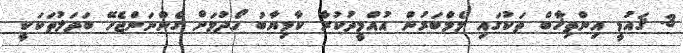
3. ޤައުމީ އިންތިޚާބް ތަކުގައި މެމްބަރުން އުއްމީދުކުރާ ކާމިޔާބު ހޯދުމަށް ގެންނަންޖެހޭ ބަދަލުތަކަކީ